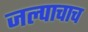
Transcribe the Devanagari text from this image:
जल्पाचाच